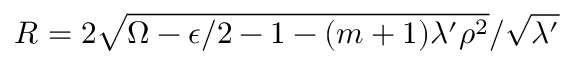
R = 2 \sqrt { \Omega - \epsilon / 2 - 1 - ( m + 1 ) \lambda ^ { \prime } \rho ^ { 2 } } / \sqrt { \lambda ^ { \prime } }